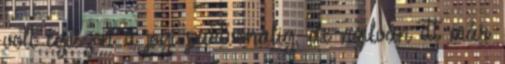
volt egészen a jogi partvonalig, de nyilván itt már